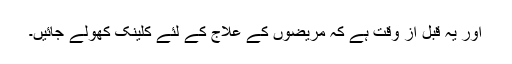
اور یہ قبل از وقت ہے کہ مریضوں کے علاج کے لئے کلینک کھولے جائیں۔